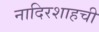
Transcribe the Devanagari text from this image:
नादिरशाहची